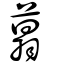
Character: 䈳